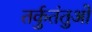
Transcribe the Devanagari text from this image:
तर्कुतंतुओं